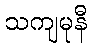
သကျမုနီ